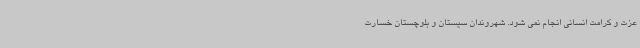
عزت و کرامت انسانی انجام نمی شود. شهروندان سیستان و بلوچستان خسارت